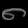
Digit: ၈